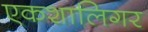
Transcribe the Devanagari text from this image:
एकशालिगर